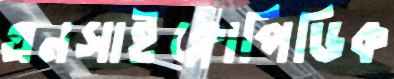
এনসাইক্লোপিডিক